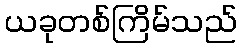
ယခုတစ်ကြိမ်သည်